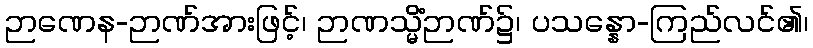
ဉာဏေန-ဉာဏ်အားဖြင့်၊ ဉာဏသ္မိံဉာဏ်၌၊ ပသန္နော-ကြည်လင်၏၊